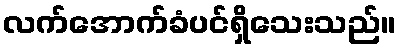
လက်အောက်ခံပင်ရှိသေးသည်။